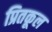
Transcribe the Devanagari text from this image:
प्रितकूल